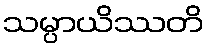
သမ္ပာယိဿတိ